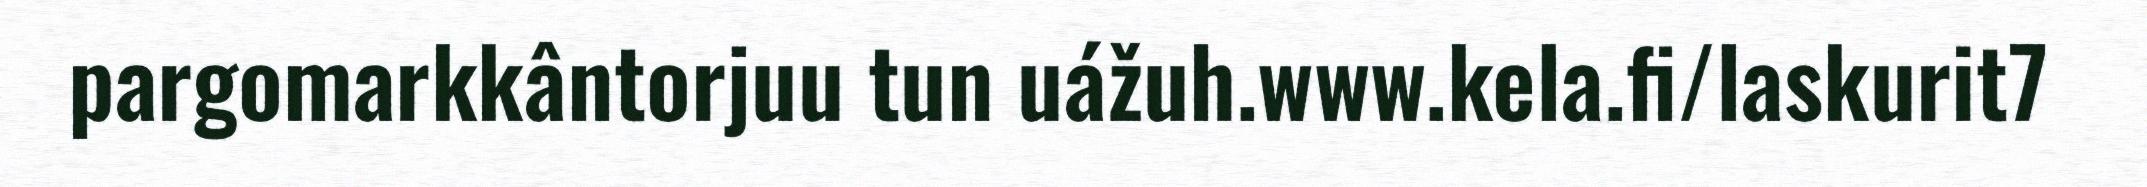
pargomarkkântorjuu tun uážuh.www.kela.fi/laskurit7